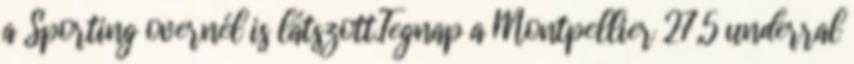
a Sporting overnél is látszott.Tegnap a Montpellier 27,5 underral